Annual administration report of the Civil Veterinary Department of India - 1900-1901
Year: 1900
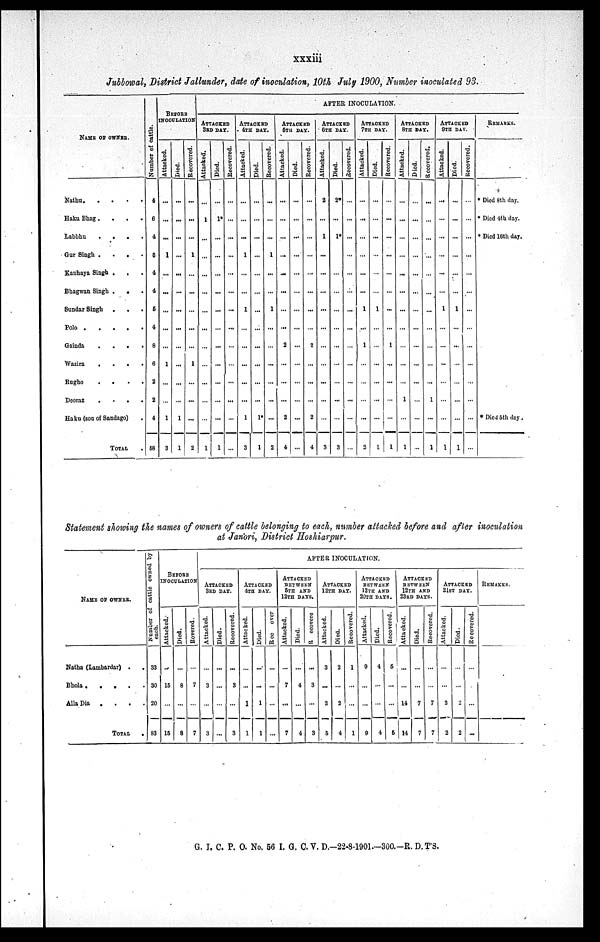
xxxiii
Jubbowal, District Jallunder, date of inoculation, 10th July 1900, Number inoculated 93.
NAME OF OWNER.
Nathu
.
.
.
.
Haku Bhag .
.
.
.
Labbhu
.
.
.
.
Gur Singh .
.
.
.
Kanhaya Singh . . .
Bhagwan Singh .
. .
Sundar Singh
.
.
.
Polo
.
.
.
.
.
Gainda . . . .
Wazira
.
.
. .
Rugho
.
.
.
.
Deoraz
. . . .
Haku (son of Sandago) .
TOTAL .
Number of cattle.
4
6
4
5
4
4
6
4
8
6
2
2
4
58
BEFORE
INOCULATION
Attacked.
.....
...
...
1
...
...
...
...
...
1
...
...
1
3
Died.
...
...
...
...
...
...
...
...
...
...
...
...
1
1
Recovered.
...
...
...
1
...
...
...
...
...
1
...
...
...
2
AFTER INOCULATION.
ATTACKED
3RD DAY.
Attacked.
...
1
...
...
...
...
...
...
...
...
...
...
...
1
Died.
...
1*
...
...
...
...
...
...
...
...
...
...
...
1
Recovered.
...
...
...
...
...
...
...
...
...
...
...
...
...
...
ATTACKED
4TH DAY.
Attacked.
...
...
...
1
...
...
1
...
...
...
...
...
1
3
Died.
...
...
...
...
...
...
...
...
...
...
...
...
1*
1
Recovered.
...
...
...
1
...
...
1
...
...
...
...
...
...
2
ATTACKED
5 TH DAY.
Attacked.
...
...
...
...
...
...
...
...
2
...
...
...
2
4
Died.
...
...
...
...
...
...
...
...
...
...
...
...
...
...
Recovered.
...
...
...
...
...
...
...
...
2
...
...
...
2
4
ATTACKED
6 TH DAY.
Attacked.
2
...
1
...
...
...
...
...
...
...
...
...
...
3
Died.
2*
...
1*
...
...
...
...
...
...
...
...
...
...
3
Recovered.
...
...
...
...
...
...
...
...
...
...
...
...
...
...
ATTACKED
7 TH DAY.
Attacked.
...
...
...
...
...
...
1
...
1
...
...
...
...
2
Died.
...
...
...
...
...
...
1
...
...
...
...
...
...
1
Recovered.
...
...
...
...
...
...
...
...
1
...
...
...
...
1
ATTACKED
8 TH DAY.
Attacked.
...
...
...
...
...
...
...
...
...
...
...
1
...
1
Died.
...
...
...
...
...
..
...
...
...
...
...
...
...
...
Recovered.
...
...
...
...
...
...
...
...
...
...
...
1
...
1
ATTACKED
9TH DAY.
Attacked.
...
...
...
...
...
...
1
...
...
...
...
...
...
1
Died.
...
...
...
...
...
...
1
...
...
...
...
...
...
1
Recovered.
...
...
...
...
...
...
...
...
...
...
...
...
...
...
REMARKS.
* Died 8th day.
* Died 4th day.
* Died 16th day.
* Died 5th day .
Statement showing the names of owners of cattle belonging to each, number attached before and after inoculation
at Janori, District Hoshiarpur.
NAME OF OWNER.
Natha (Lambardar) . .
Bhola .
.
.
.
.
Alla Dia . . . .
TOTAL .
Number of cattle owned by
each.
33
30
20
83
BEFORE
INOCULATION.
Attacked.
...
15
...
15
Died.
...
8
...
8
Rovered.
...
7
...
7
AFTER INOCULATION.
ATTACKED
3RD DAY.
Attacked.
...
3
...
3
Died.
...
...
...
...
Recovered.
...
3
...
3
ATTACKED
4TH DAY.
Attacked.
...
...
1
1
Died.
...
...
1
1
Ree
over
...
...
...
...
ATTACKED
BETWEEN
5TH AND
12TH DAYS.
Attacked.
...
7
...
7
Died.
...
4
...
4
R
ceovere
...
3
...
3
ATTACKED
12TH DAYS.
Attacked.
3
...
2
5
Died.
2
...
2
4
Recovered.
1
...
...
1
ATTACKED
BETWEEN
12TH AND
20TH DAYS.
Attacked.
9
...
...
9
Died.
4
...
...
4
Recovered.
5
...
...
5
ATTACKED
BETWEEN
12TH AND
23RD DAYS.
Attacked.
...
...
14
14
Died.
...
...
7
7
Recovered.
...
...
7
7
ATTACKED
21ST DAY.
Attacked.
...
...
2
2
Died.
...
...
2
2
Recovered.
...
...
...
...
REMARKS.
G. I. C. P. O. No. 56 I. G. C. V. D.-22-8-1901.—300.-R. D.T'S.